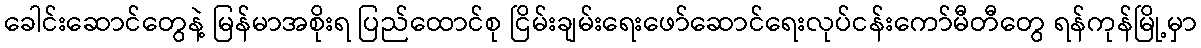
ခေါင်းဆောင်တွေနဲ့ မြန်မာအစိုးရ ပြည်ထောင်စု ငြိမ်းချမ်းရေးဖော်ဆောင်ရေးလုပ်ငန်းကော်မီတီတွေ ရန်ကုန်မြို့မှာ